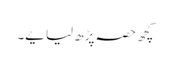
کچھ حصہ پڑھ لیا یے۔